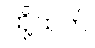
ထို့ထက်